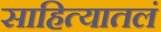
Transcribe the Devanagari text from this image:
साहित्यातलं